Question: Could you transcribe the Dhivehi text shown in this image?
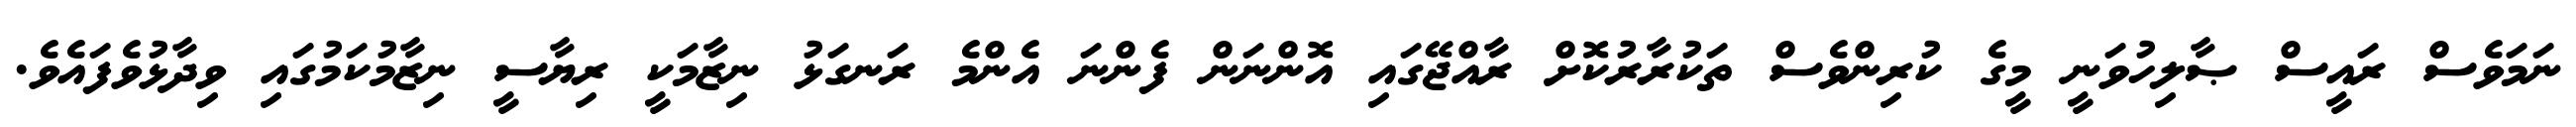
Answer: ނަމަވެސް ރައީސް ޞާލިހުވަނީ މީގެ ކުރިންވެސް ތަކުރާރުކޮށް ރާއްޖޭގައި އޮންނަން ފެންނަ އެންމެ ރަނގަޅު ނިޒާމަކީ ރިޔާސީ ނިޒާމުކަމުގައި ވިދާޅުވެފައެވެ.